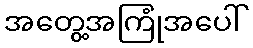
အတွေ့အကြုံအပေါ်